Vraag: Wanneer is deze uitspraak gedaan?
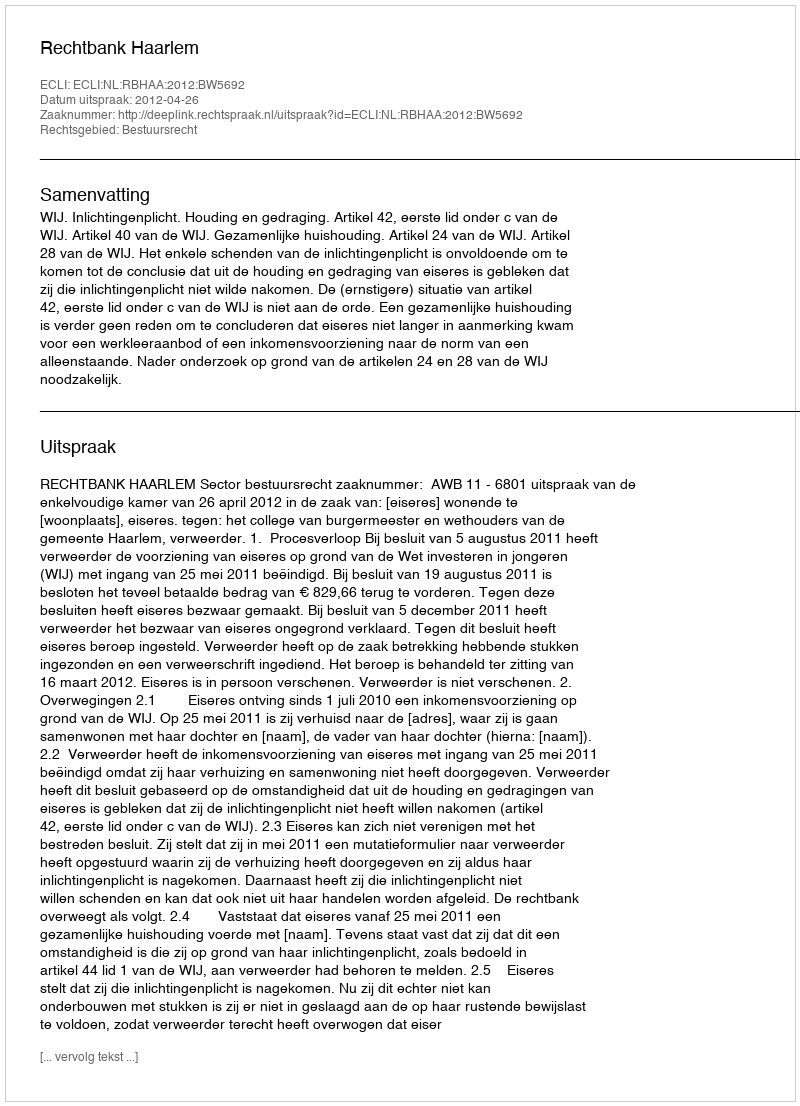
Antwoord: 2012-04-26